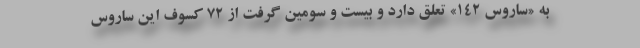
به «ساروس ۱۴۲» تعلق دارد و بیست و سومین گرفت از ۷۲ کسوف این ساروس